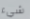
شيء